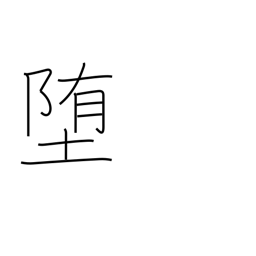
Meaning: lapse into